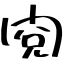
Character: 閱